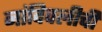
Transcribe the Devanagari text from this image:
नांदिवलीची